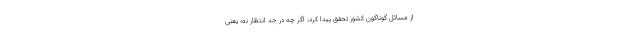
از مسائل گوناگون کشور تحقّق پیدا کرد، اگر چه در حدّ انتظار نه؛ یعنی